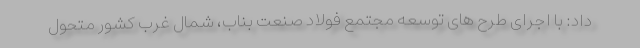
داد: با اجرای طرح های توسعه مجتمع فولاد صنعت بناب، شمال غرب کشور متحول